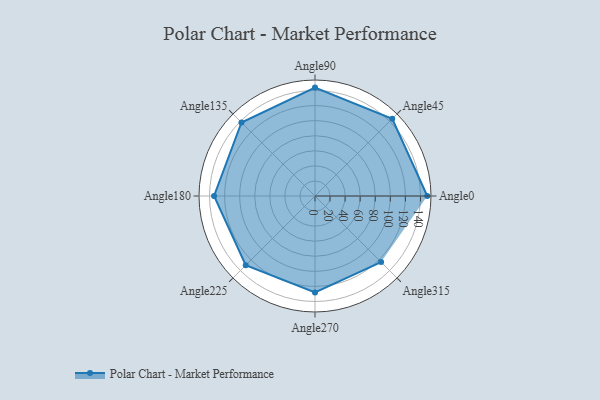
{"axis": {"x": "Angle", "y": "Radius"}, "legend": [""], "data": [{"x": "Angle0", "y": 149.0, "type": ""}, {"x": "Angle45", "y": 145.0, "type": ""}, {"x": "Angle90", "y": 144.0, "type": ""}, {"x": "Angle135", "y": 138.0, "type": ""}, {"x": "Angle180", "y": 134.0, "type": ""}, {"x": "Angle225", "y": 130.0, "type": ""}, {"x": "Angle270", "y": 128.0, "type": ""}, {"x": "Angle315", "y": 124.0, "type": ""}]}